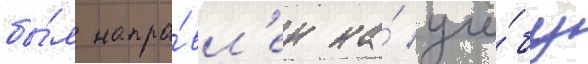
бы́л напра́вл'ен на́ учё́бу